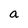
Character: a